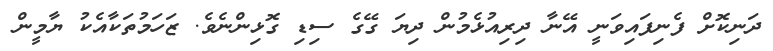
ދަނިކޮށް ފެނިފައިވަނީ އޭނާ ދިރިއުޅެމުން ދިޔަ ގޭގެ ސިޑި ގޮޅިންނެވެ. ޒަހަމުތަކާއެކު ޔާމީން